画像に写った文字を読んでください
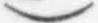
「)」と書いてあります